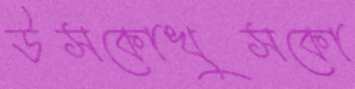
উসকোখুসকো